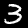
Label: 3